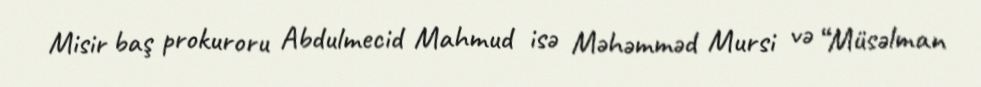
Misir baş prokuroru Abdulmecid Mahmud isə Məhəmməd Mursi və “Müsəlman